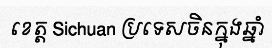
ខេត្ត Sichuan ប្រទេសចិនក្នុងឆ្នាំ